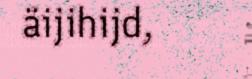
äijihijd,